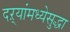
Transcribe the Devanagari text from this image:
दऱ्यांमध्येसुद्धा